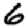
Digit: 6